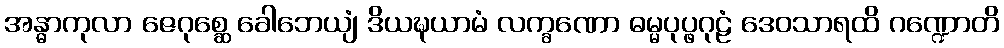
အန္ဓာကုလာ ဇေဂုစ္ဆေ ခေါဘေယျံ ဒိယဍ္ဎယာမံ လက္ခဏော ဓမ္မပုပ္ဖဂုဠံ ဒေဝသာရထိ ဂဏ္ဍောတိ